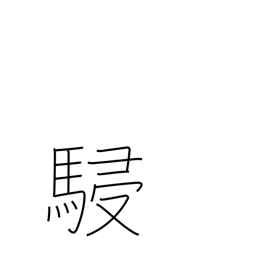
Meaning: horses running